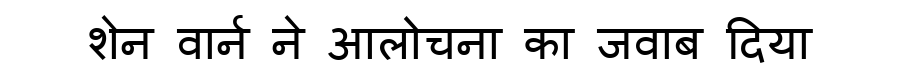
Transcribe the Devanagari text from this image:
शेन वार्न ने आलोचना का जवाब दिया